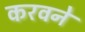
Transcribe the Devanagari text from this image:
करवने